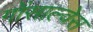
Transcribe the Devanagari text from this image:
गोंसाल्वेस